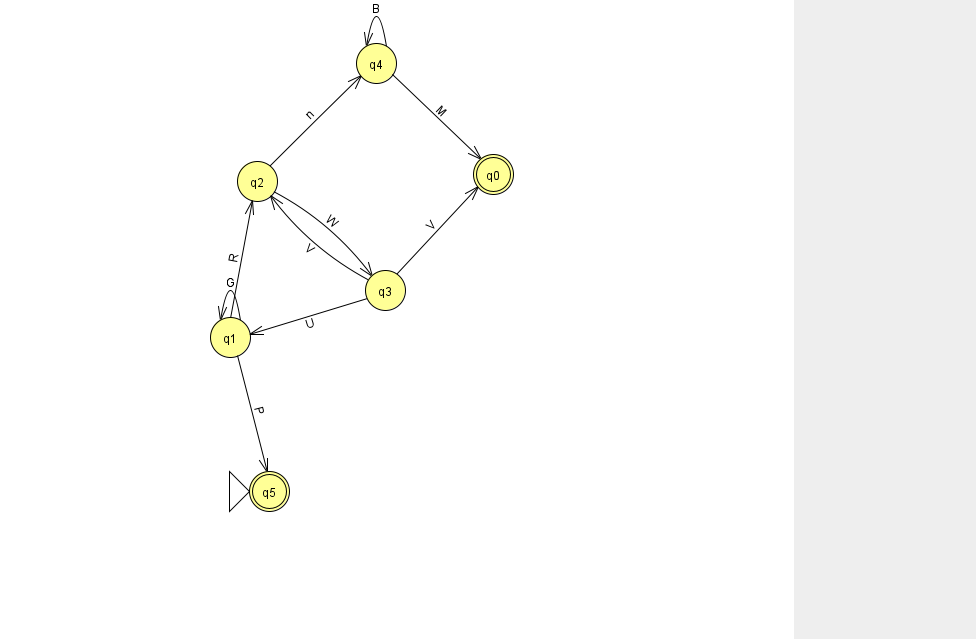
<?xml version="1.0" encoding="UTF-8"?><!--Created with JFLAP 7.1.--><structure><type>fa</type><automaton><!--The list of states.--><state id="0" name="q0"><x>493.0</x><y>161.0</y><final/></state><state id="1" name="q1"><x>230.0</x><y>324.0</y></state><state id="2" name="q2"><x>257.0</x><y>168.0</y></state><state id="3" name="q3"><x>385.0</x><y>277.0</y></state><state id="4" name="q4"><x>376.0</x><y>50.0</y></state><state id="5" name="q5"><x>269.0</x><y>478.0</y><initial/><final/></state><!--The list of transitions.--><transition><from>2</from><to>3</to><read>W</read></transition><transition><from>1</from><to>2</to><read>R</read></transition><transition><from>3</from><to>1</to><read>U</read></transition><transition><from>3</from><to>2</to><read>V</read></transition><transition><from>4</from><to>4</to><read>B</read></transition><transition><from>4</from><to>0</to><read>M</read></transition><transition><from>1</from><to>1</to><read>G</read></transition><transition><from>3</from><to>0</to><read>V</read></transition><transition><from>1</from><to>5</to><read>P</read></transition><transition><from>2</from><to>4</to><read>n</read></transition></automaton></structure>